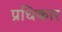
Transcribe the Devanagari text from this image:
प्रधिकार